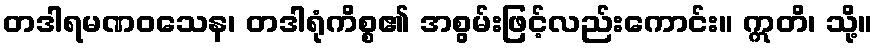
တဒါရမဏဝသေန၊ တဒါရုံကိစ္စ၏ အစွမ်းဖြင့်လည်းကောင်း။ ဣတိ၊ သို့။